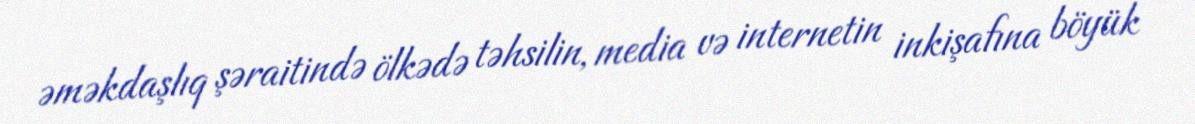
əməkdaşlıq şəraitində ölkədə təhsilin, media və internetin inkişafına böyük